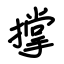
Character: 撑